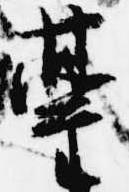
台